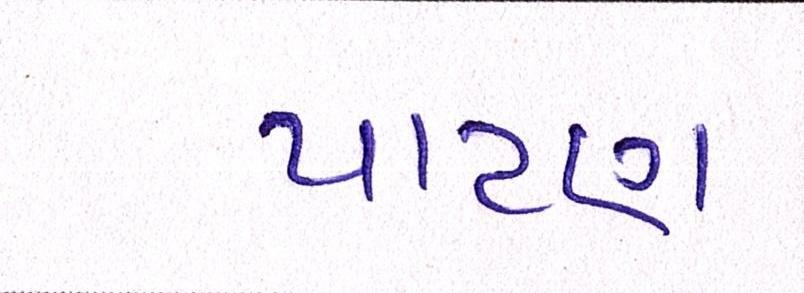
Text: પાટણ